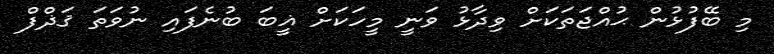
މި ބޭފުޅުން ޙުއްޖަތަކަށް ވިދާޅު ވަނީ މީހަކަށް ޣީބަ ބުނެފައި ނުވަތަ ޤަޛްފް